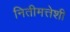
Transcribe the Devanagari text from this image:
नितीमत्तेशी